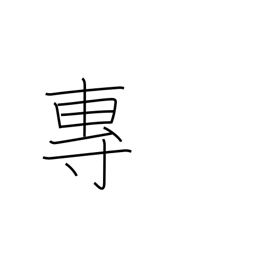
Meaning: exclusive